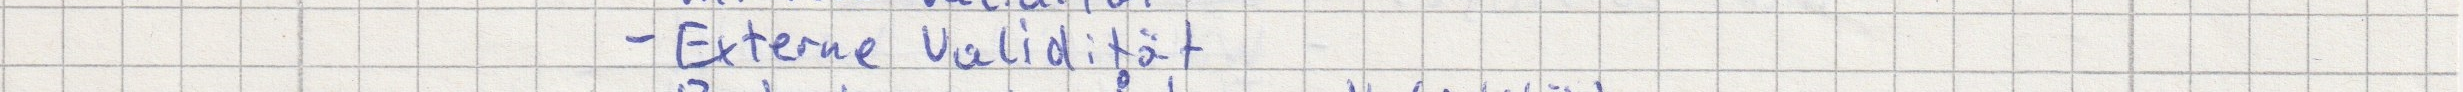
- Extreme Validität